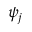
\psi _ { j }